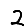
Digit: 2